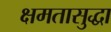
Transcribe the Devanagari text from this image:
क्षमतासुद्धा